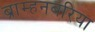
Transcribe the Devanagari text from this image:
ब्राम्हनबरिया